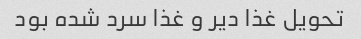
تحویل غذا دیر و غذا سرد شده بود